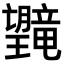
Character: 𪱯